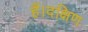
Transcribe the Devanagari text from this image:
हैं।दक्षिण